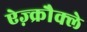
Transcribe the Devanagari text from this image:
ऐज़्क्रौक्ले